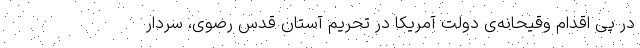
در پی اقدام وقیحانه‌ی دولت آمریکا در تحریم آستان قدس رضوی، سردار